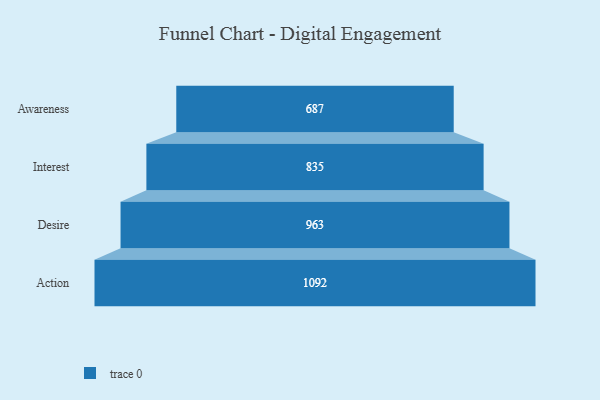
{"axis": {"x": "Stage", "y": "Value"}, "legend": [""], "data": [{"x": "Awareness", "y": 687.0, "type": ""}, {"x": "Interest", "y": 835.0, "type": ""}, {"x": "Desire", "y": 963.0, "type": ""}, {"x": "Action", "y": 1092.0, "type": ""}]}